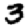
Digit: 3